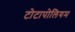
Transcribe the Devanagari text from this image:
टोटापोलियम